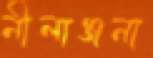
নীলাঞ্জনা